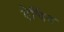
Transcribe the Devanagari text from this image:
ऐचिंग